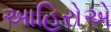
આહિરોએ